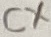
Text: CX